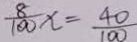
\frac { 8 } { 1 0 0 } x = \frac { 4 0 } { 1 0 0 }